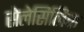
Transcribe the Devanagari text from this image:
सेलेसिलिक